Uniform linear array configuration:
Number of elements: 48
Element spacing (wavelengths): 0.25
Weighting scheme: hann
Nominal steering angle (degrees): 45
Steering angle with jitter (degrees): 46.563
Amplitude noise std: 0.05
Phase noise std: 0.05

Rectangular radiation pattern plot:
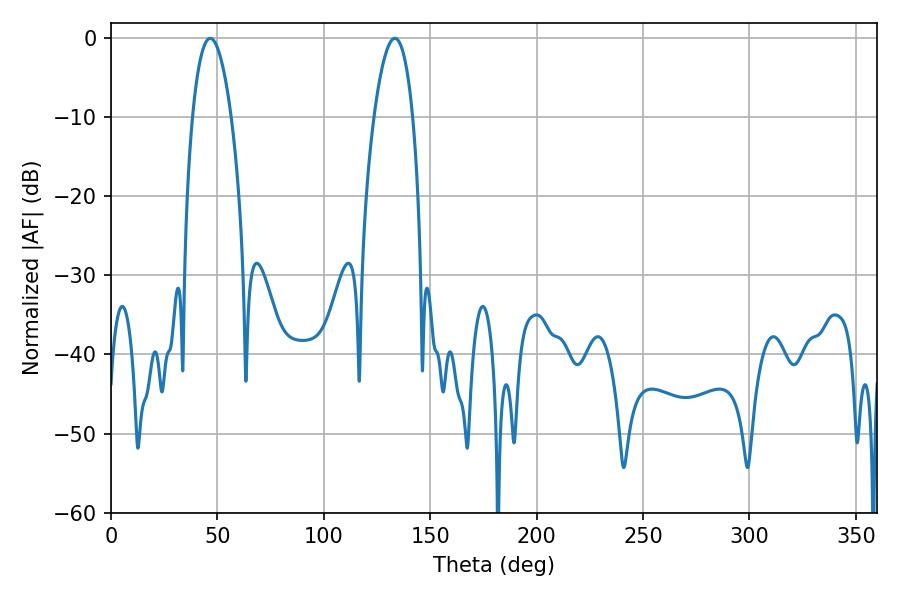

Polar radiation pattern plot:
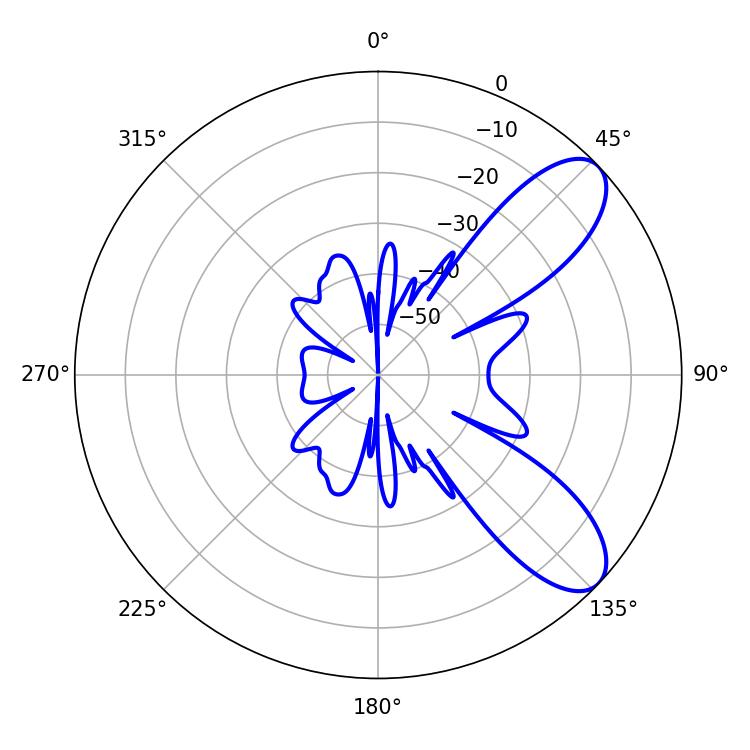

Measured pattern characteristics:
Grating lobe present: FALSE
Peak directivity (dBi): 8.61
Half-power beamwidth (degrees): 10.08
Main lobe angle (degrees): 46.62